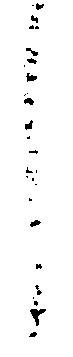
し